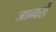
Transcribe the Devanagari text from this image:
जान्वरों